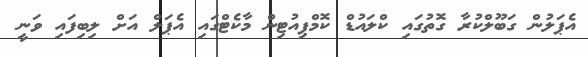
އެޕަލުން ގަބޫލްކުރާ ގޮތުގައި ކްލައުޑް ކޮމްޕިއުޓިން މާކެޓްގައި އެޕަލް އަށް ލިބިފައި ވަނީ